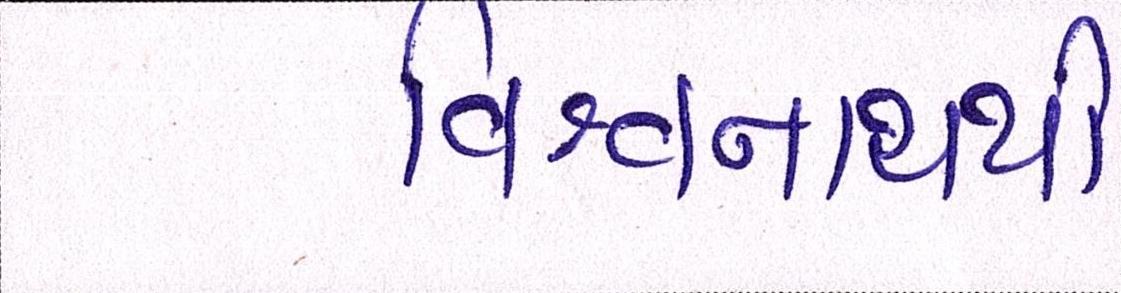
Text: વિશ્વનાથથી